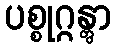
ပစ္စုဂ္ဂန္တွာ